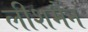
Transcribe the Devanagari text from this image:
लीशमैन